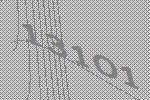
13101